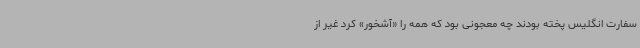
سفارت انگلیس پخته بودند چه معجونی بود که همه را «آشخور» کرد غیر از